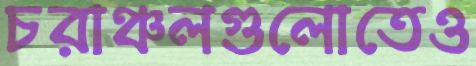
চরাঞ্চলগুলোতেও